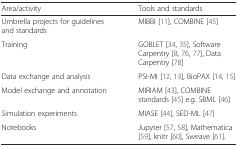
<table><thead><tr><td><b>Area/activity</b></td><td><b>Tools and standards</b></td></tr></thead><tbody><tr><td>Umbrella projects for guidelines and standards</td><td>MIBBI [11], COMBINE [45]</td></tr><tr><td>Training</td><td>GOBLET [34, 35], Software Carpentry [8, 76, 77], Data Carpentry [78]</td></tr><tr><td>Data exchange and analysis</td><td>PSI-MI [12, 13], BioPAX [14, 15]</td></tr><tr><td>Model exchange and annotation</td><td>MIRIAM [43], COMBINE standards [45] e.g. SBML [46]</td></tr><tr><td>Simulation experiments</td><td>MIASE [44], SED-ML [47]</td></tr><tr><td>Notebooks</td><td>Jupyter [57, 58], Mathematica [59], knitr [60], Sweave [61].</td></tr></tbody></table>